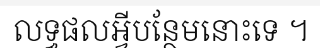
លទ្ធផលអ្វីបន្ថែមនោះទេ ។